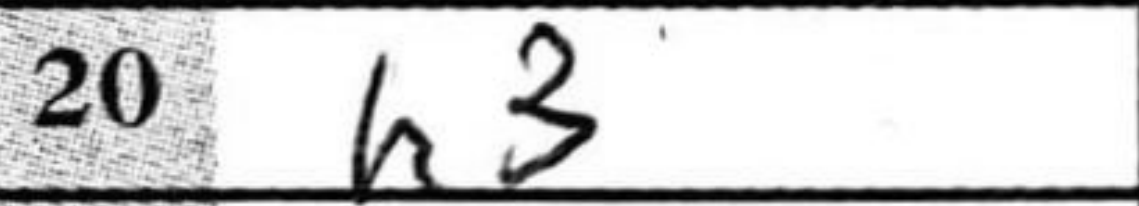
Transcription: h3